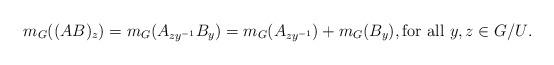
LaTeX: \begin{align*}m_G((AB)_z) = m_G(A_{zy^{-1}}B_y) = m_G(A_{zy^{-1}}) + m_G(B_y), \textrm{for all $y,z \in G/U$}.\end{align*}